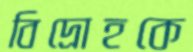
বিদ্রোহকে